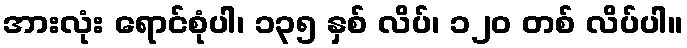
အားလုံး ရောင်စုံပါ၊ ၁၃၅ နှစ် လိပ်၊ ၁၂၀ တစ် လိပ်ပါ။